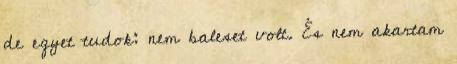
de egyet tudok: nem baleset volt. És nem akartam